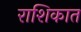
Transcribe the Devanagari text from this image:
राशिकात